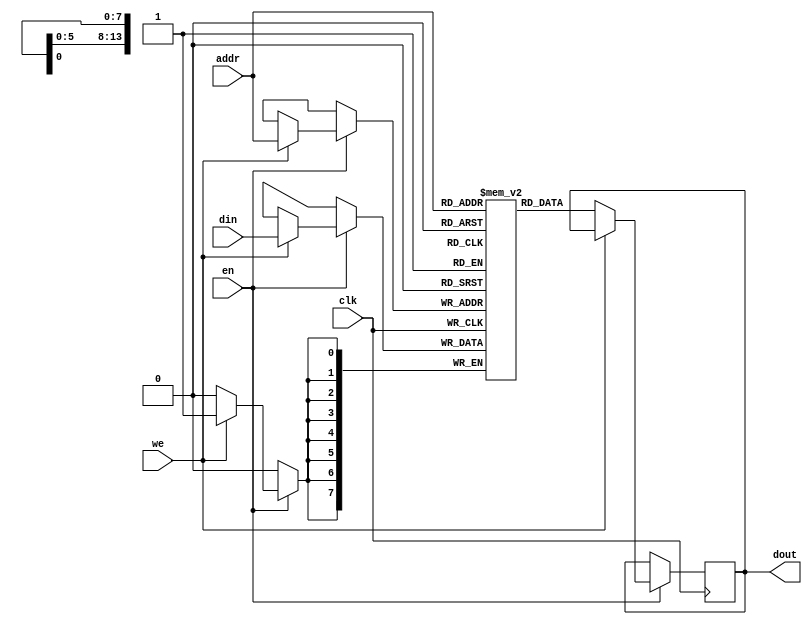
// This program was cloned from: https://github.com/IObundle/iob-mem
// License: MIT License

`timescale 1ns / 1ps

module iob_ram_sp
  #(
    parameter HEXFILE="none",
    parameter DATA_W=8,
    parameter ADDR_W=14
    )
   (
    input                     clk,
    input                     en, 
    input                     we, 
    input [(ADDR_W-1):0]      addr,
    output reg [(DATA_W-1):0] dout,
    input [(DATA_W-1):0]      din
    );

   //this allows ISE 14.7 to work; do not remove
   localparam mem_init_file_int = HEXFILE;

   // Declare the RAM
   reg [DATA_W-1:0] 	      ram[2**ADDR_W-1:0];

   // Initialize the RAM
   initial 
     if(mem_init_file_int != "none")
       $readmemh(mem_init_file_int, ram, 0, 2**ADDR_W - 1);

   // Operate the RAM
   always @ (posedge clk)
     if(en)
       if (we)
         ram[addr] <= din;
       else
         dout <= ram[addr];

endmodule